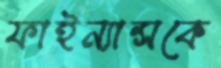
ফাইন্যান্সকে